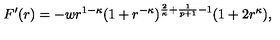
F ^ { \prime } ( r ) = - w r ^ { 1 - \kappa } ( 1 + r ^ { - \kappa } ) ^ { \frac { 2 } { \kappa } + \frac { 1 } { p + 1 } - 1 } ( 1 + 2 r ^ { \kappa } ) ,